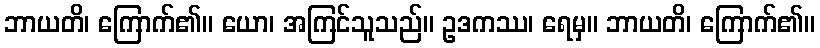
ဘာယတိ၊ ကြောက်၏။ ယော၊ အကြင်သူသည်။ ဥဒကဿ၊ ရေမှ။ ဘာယတိ၊ ကြောက်၏။